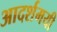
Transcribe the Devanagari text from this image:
आदर्शमयी